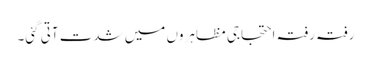
رفتہ رفتہ احتجاجی مظاہروں میں شدت آتی گئی۔